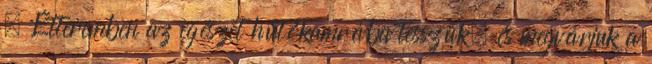
. Étteremben az egészet hűtőkamrába tesszük, és megvárjuk a